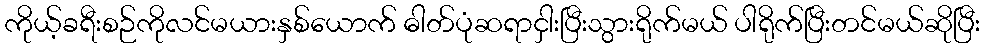
ကိုယ့်ခရီးစဉ်ကိုလင်မယားနှစ်ယောက် ဓါတ်ပုံဆရာငှါးပြီးသွားရိုက်မယ် ပါရိုက်ပြီးတင်မယ်ဆိုပြီး